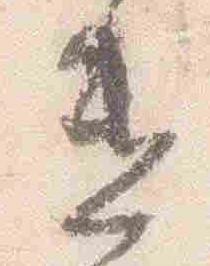
遣